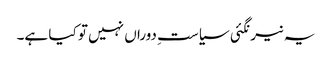
یہ نیرنگئی سیاستِ دوراں نہیں تو کیا ہے۔